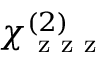
\chi _ { \mathrm { ~ z ~ z ~ z ~ } } ^ { ( 2 ) }